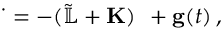
\begin{array} { r } { \dot { { \bf \varphi } } = - ( \tilde { \mathbb { L } } + { \bf K } ) \, { \bf \varphi } + { \bf { g } } ( t ) \, , } \end{array}